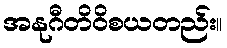
အနုဂီတိဝိစယတည်း။